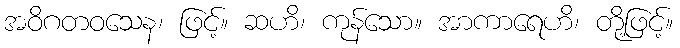
အဝိဂတဝသေန၊ ဖြင့်။ ဆဟိ၊ ကုန်သော။ အာကာရေဟိ၊ တို့ဖြင့်။